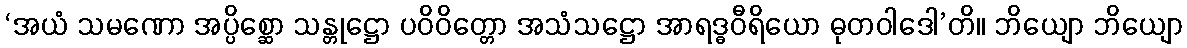
‘အယံ သမဏော အပ္ပိစ္ဆော သန္တုဋ္ဌော ပဝိဝိတ္တော အသံသဋ္ဌော အာရဒ္ဓဝီရိယော ဓုတဝါဒေါ’တိ။ ဘိယျော ဘိယျော